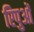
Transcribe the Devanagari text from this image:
रिपुओं